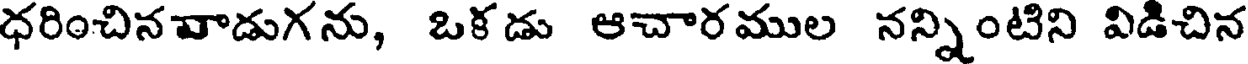
ధరించినవాడుగను, ఒక డు ఆచారముల నన్నింటిని విడిచిన